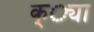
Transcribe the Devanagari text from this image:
क््या